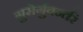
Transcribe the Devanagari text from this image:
गुरोर्गुवर्न्तरं